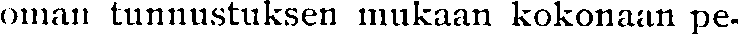
oman tunnustuksen mukaan kokonaan pe-